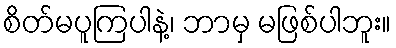
စိတ်မပူကြပါနဲ့၊ ဘာမှ မဖြစ်ပါဘူး။